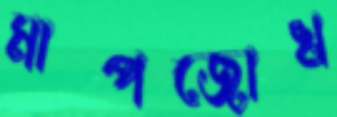
মাপজোখ